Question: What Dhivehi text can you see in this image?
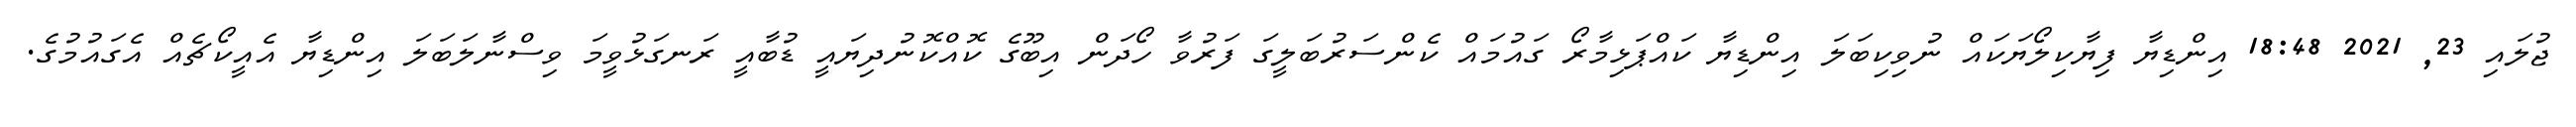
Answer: ޖުލައި 23, 2021 18:48 އިންޑިޔާ ފިޔާކިލޯޔަކައް ނުވިކިބަލަ އިންޑިޔާ ކައްޕަޅިމާރޯ ގައުމައް ކެންސަރުބަލީގަ ފަރުވާ ހޯދަން އިބޫގެ ކޮއްކޮނުދިޔައީ ޑުބާއީ ރަނގަޅުވީމަ ވިސްނާލަބަލަ އިންޑިޔާ އެއީކޯޗެއް އެގައުމުގެ.